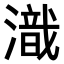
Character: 𣽚